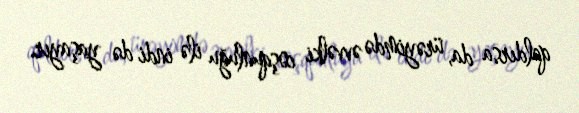
qaldırsa da, ürəyimdə əvvəlki coşqunluğu ilə indi də yaşayır.